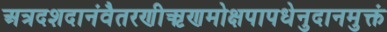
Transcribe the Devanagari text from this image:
अत्रदशदानंवैतरणीऋणमोक्षपापधेनुदानमुक्तं